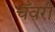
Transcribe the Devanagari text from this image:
चँवरी